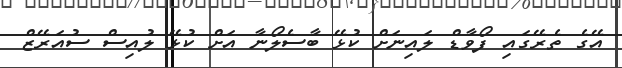
އޭގެ ތެރޭގައި ފޯވާޑް ލައިނަށް ކުޅޭ ބާސެލޯނާ އަށް ކުޅޭ ލުއިސް ސުއަރޭޒް